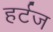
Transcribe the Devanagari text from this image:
हर्टज